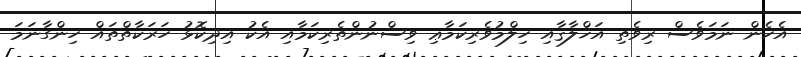
އެހެން ނަމަވެސް ރިވެތި އަޚްލާޤާއި ހިލްމުވެރިކަމާޢި ވިސްނުންތެރިކަމާއި އެކު އިދިކޮޅު ހަރަކާތްތައް ހިންގާނަމަ